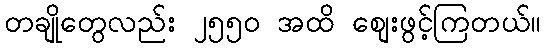
တချိုတွေလည်း ၂၅၅၀ အထိ စျေးဖွင့်ကြတယ်။